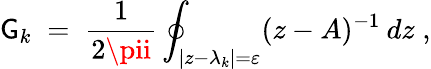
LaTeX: \mathsf{G}_{k}\; =\; \frac{{1}}{{2\pii}}\oint_{|z-\lambda_{k}|=\varepsilon}(z-A)^{-1}\: dz\; ,